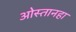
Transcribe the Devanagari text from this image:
ओस्तानहा